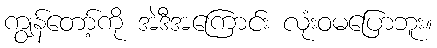
ကျွန်တော့်ကို အဲဒီအကြောင်း လုံးဝမပြောဘူး။